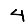
Digit: 4